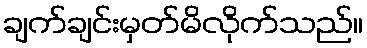
ချက်ချင်းမှတ်မိလိုက်သည်။